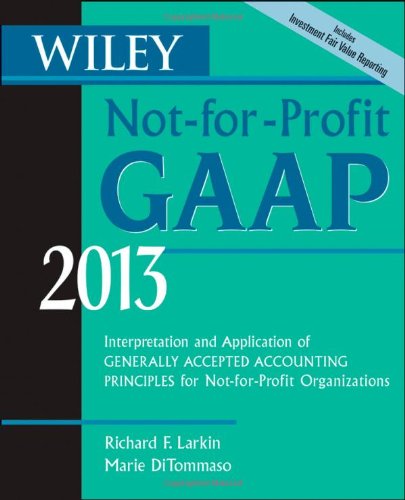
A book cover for Wiley Not-for-Profit GAAP 2013: Interpretation and Application of Generally Accepted Accounting Principles; Richard F. Larkin; Business & Money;